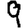
Digit: 9